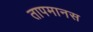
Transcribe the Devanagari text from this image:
तापमानस